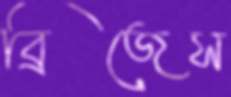
ব্রিজেস